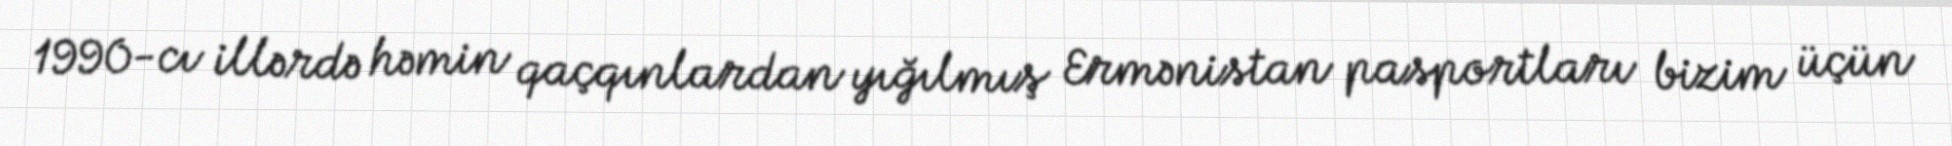
1990-cı illərdə həmin qaçqınlardan yığılmış Ermənistan pasportları bizim üçün